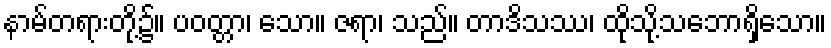
နာမ်တရားတို့၌။ ပဝတ္တာ၊ သော။ ဇရာ၊ သည်။ တာဒိသဿ၊ ထိုသို့သဘောရှိသော။